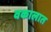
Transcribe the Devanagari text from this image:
वकालात